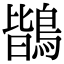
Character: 鶛